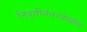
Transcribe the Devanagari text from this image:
निवृत्तीनंतरदेखील